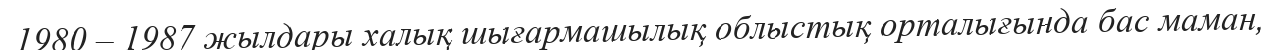
1980 – 1987 жылдары халық шығармашылық облыстық орталығында бас маман,